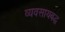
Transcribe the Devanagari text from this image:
व्यवसायबद्ध